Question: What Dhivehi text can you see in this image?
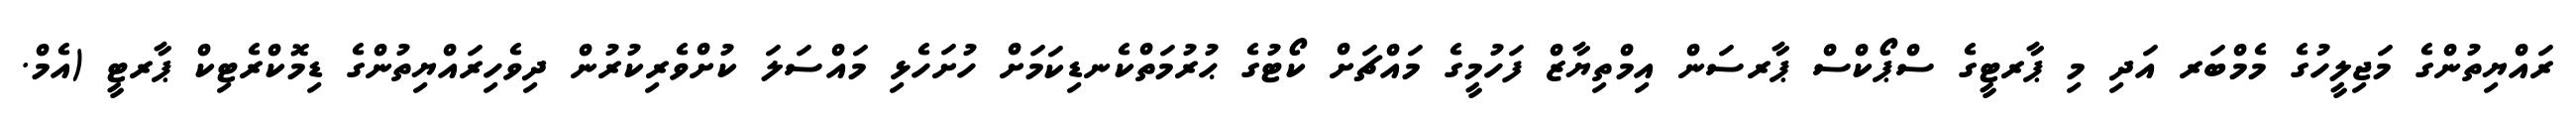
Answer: ރައްޔިތުންގެ މަޖިލީހުގެ މެމްބަރ އަދި މި ޕާރޓީގެ ސްޕޯކްސް ޕާރސަން އިމްތިޔާޒް ފަހުމީގެ މައްޗަށް ކޯޓުގެ ޙުރުމަތްކެނޑިކަމަށް ހުށަހެޅި މައްސަލަ ކުށްވެރިކުރުން ދިވެހިރައްޔިތުންގެ ޑިމޮކްރެޓިކް ޕާރޓީ (އެމް.